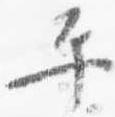
平